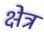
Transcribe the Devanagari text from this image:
क्षेत्र